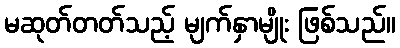
မဆုတ်တတ်သည့် မျက်နှာမျိုး ဖြစ်သည်။